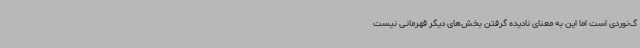
گ‌نوردی است اما این به معنای نادیده گرفتن بخش‌های دیگر قهرمانی نیست